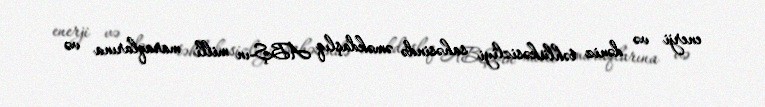
enerji və dəniz təhlükəsizliyi sahəsində əməkdaşlıq ABŞ-ın milli maraqlarına və